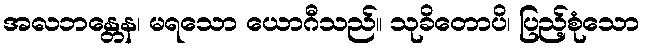
အလဘန္တေန၊ မရသော ယောဂီသည်။ သုခိတောပိ၊ ပြည့်စုံသော